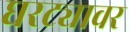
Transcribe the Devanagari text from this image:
घरट्यावर